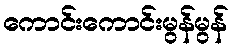
ကောင်းကောင်းမွန်မွန်